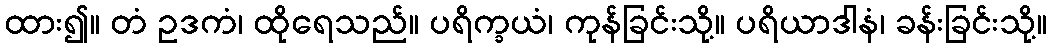
ထား၍။ တံ ဥဒကံ၊ ထိုရေသည်။ ပရိက္ခယံ၊ ကုန်ခြင်းသို့။ ပရိယာဒါနံ၊ ခန်းခြင်းသို့။